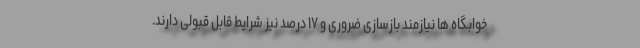
خوابگاه ها نیازمند بازسازی ضروری و ۱۷ درصد نیز شرایط قابل قبولی دارند.